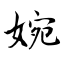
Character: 婉